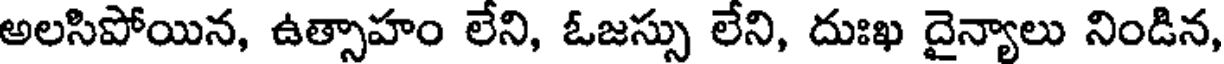
అలసిపోయిన, ఉత్సాహం లేని, ఓజస్సు లేని, దుఃఖ దైన్యాలు నిండిన,